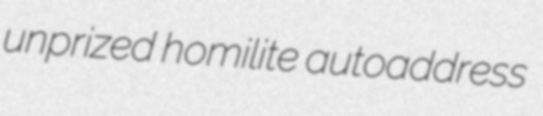
unprized homilite autoaddress